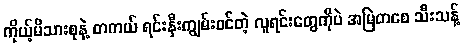
ကိုယ့်မိသားစုနဲ့ တကယ် ရင်းနှီးကျွမ်းဝင်တဲ့ လူရင်းတွေကိုပဲ အမြဲတစေ သီးသန့်